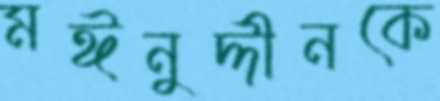
মঈনুদ্দীনকে